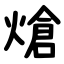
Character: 熗